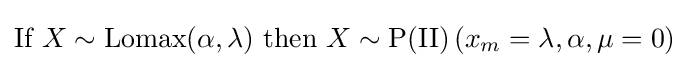
{\text{If }}X\sim \operatorname {Lomax} (\alpha ,\lambda ){\text{ then }}X\sim {\text{P(II)}}\left(x_{m}=\lambda ,\alpha ,\mu =0\right)